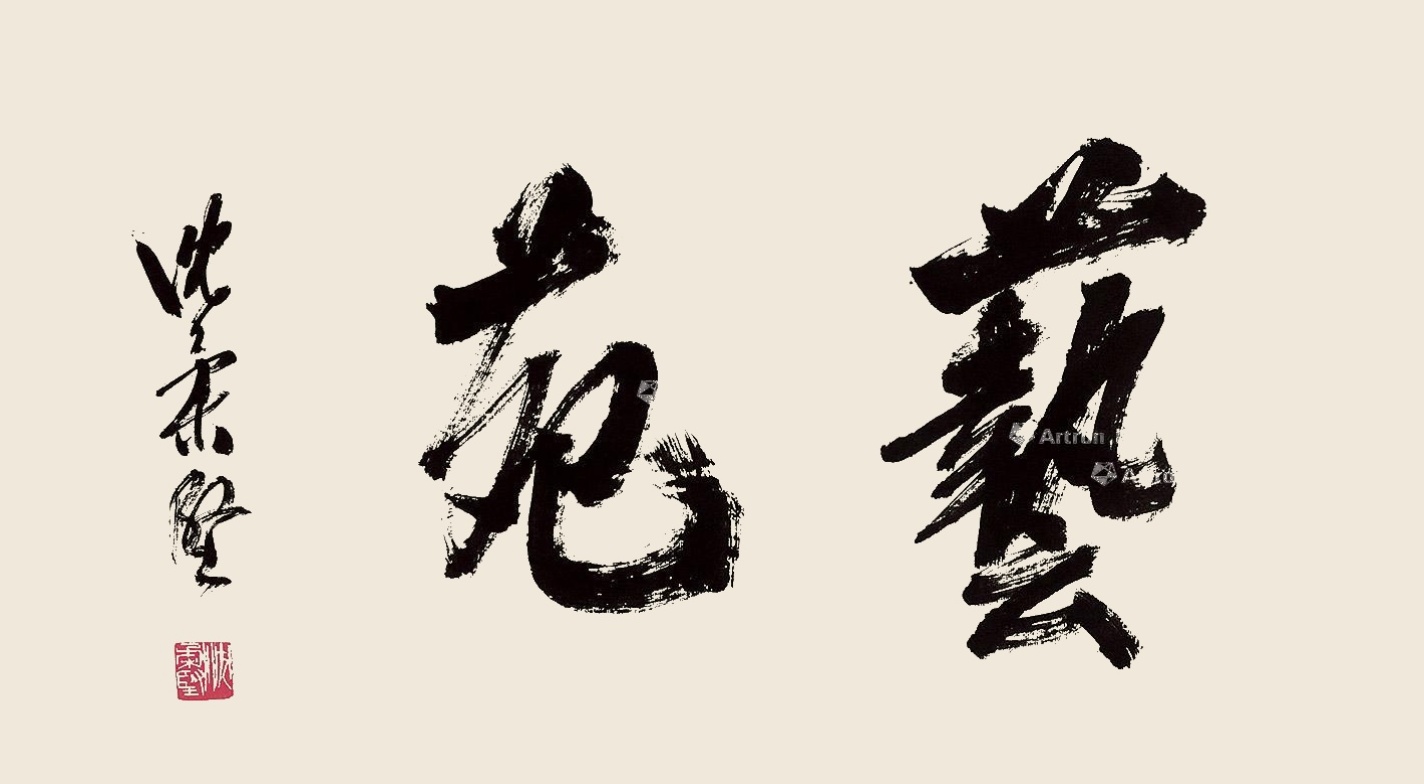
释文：艺苑沈柔坚